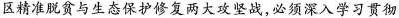
区精准脱贫与生态保护修复两大攻坚战，必须深入学习贯彻